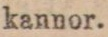
kannor.